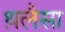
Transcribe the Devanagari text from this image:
थ़लैसा